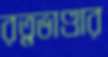
রত্নভাণ্ডার